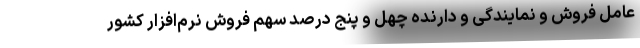
عامل فروش و نمایندگی و دارنده چهل و پنج درصد سهم فروش نرم‌افزار کشور